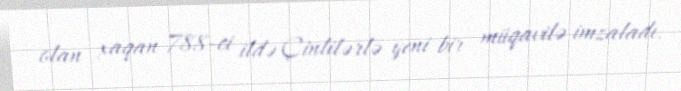
olan xaqan 788-ci ildə Çinlilərlə yeni bir müqavilə imzaladı.